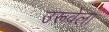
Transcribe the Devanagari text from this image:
उरूवेला